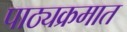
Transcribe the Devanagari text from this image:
पाठ्यक्रमात